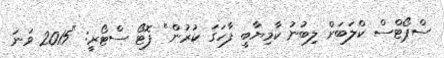
ސްޕޯޓްސް ކްލަބަށް ލިބުނު ކާމިޔާބީ ފާހަގަ ކުރުން" ފޮޓޯ ސްޓޯރީ: "2015 ވަނަ